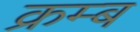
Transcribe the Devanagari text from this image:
क्रम्ब